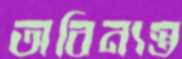
অবিন্যস্ত